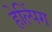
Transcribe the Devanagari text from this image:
हेल्पिंग